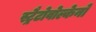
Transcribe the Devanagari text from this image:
स्ट्रैटोवोल्केनो